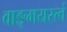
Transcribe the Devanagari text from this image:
वाङ्‌मयस्त्वं